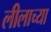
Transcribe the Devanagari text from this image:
लीलाच्या